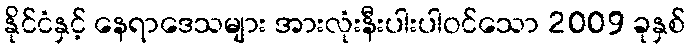
နိုင်ငံနှင့် နေရာဒေသများ အားလုံးနီးပါးပါဝင်သော 2009 ခုနှစ်